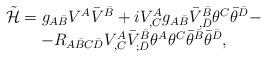
LaTeX: \begin{align*}\begin{array}{c}{\tilde{\cal H}}=g_{A\bar B}V^A{\bar V}^{\bar B}+ iV^A_{,C}g_{A\bar B}{\bar V}^{\bar B}_{,\bar D}\theta^C{\bar\theta}^{\bar D}-\\-R_{A{\bar B} C{\bar D}}V^A_{,C}{\bar V}^{\bar B}_{;\bar D}\theta^A\theta^C{\bar\theta}^{\bar B}{\bar \theta}^{\bar D},\end{array}\end{align*}